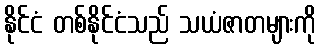
နိုင်ငံ တစ်နိုင်ငံသည် သယံဇာတများကို